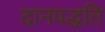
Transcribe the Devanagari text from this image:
दानपद्धति